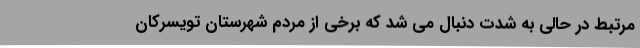
مرتبط در حالی به شدت دنبال می شد که برخی از مردم شهرستان تویسرکان